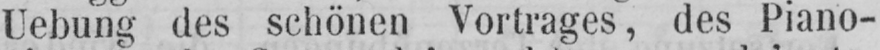
Uebung des schönen Vortrages, des Piano-